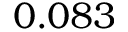
0 . 0 8 3